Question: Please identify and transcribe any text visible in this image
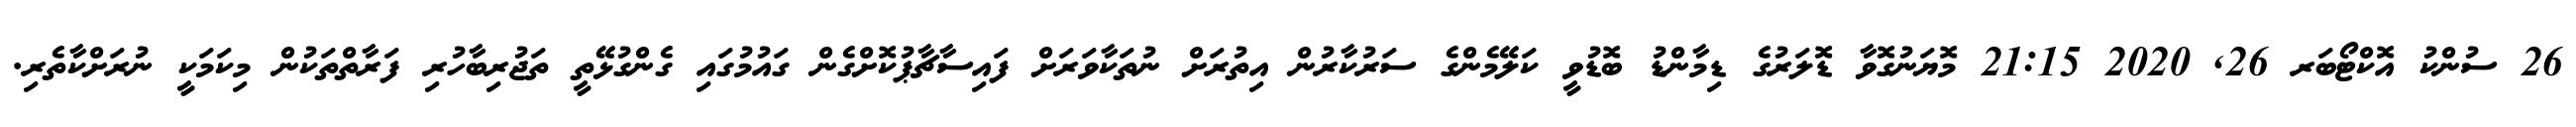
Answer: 26 ސުންކު އޮކްޓޯބަރ 26, 2020 21:15 މޮޔަނުގޮވާ ޑޮލަރުގެ ޑިމާންޑު ބޮޑުވީ ކަލޭމެންގެ ސަރުކާރުން އިތުރަށް ނުތަކާވަރަށް ފައިސާޗާޕުކޮށްގެން ގައުމުގައި ގެންގުޅޭތީ ތަޖުރިބާހުރި ފަރާތްތަކުން މިކަމަކީ ނުރަށްކާތެރި.